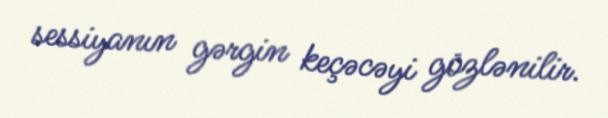
sessiyanın gərgin keçəcəyi gözlənilir.